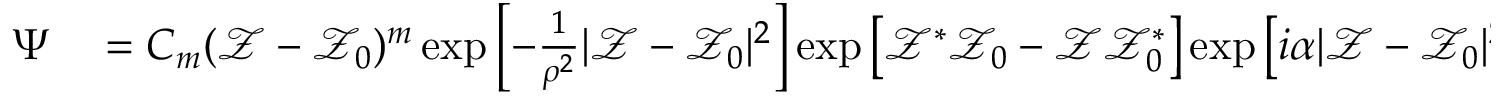
\begin{array} { r l } { \Psi } & { { } = C _ { m } ( \mathcal { Z } - \mathcal { Z } _ { 0 } ) ^ { m } \exp \left[ - \frac { 1 } { \rho ^ { 2 } } | \mathcal { Z } - \mathcal { Z } _ { 0 } | ^ { 2 } \right] \exp \left[ \mathcal { Z } ^ { * } \mathcal { Z } _ { 0 } - \mathcal { Z } \mathcal { Z } _ { 0 } ^ { * } \right] \exp \left[ i \alpha | \mathcal { Z } - \mathcal { Z } _ { 0 } | ^ { 2 } \right] } \end{array}